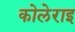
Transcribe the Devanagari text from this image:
कोलेराइ